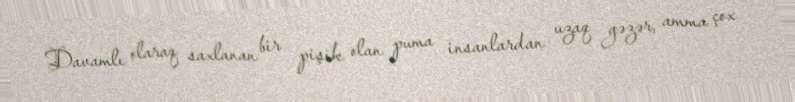
Davamlı olaraq saxlanan bir pişik olan puma insanlardan uzaq gəzər, amma çox